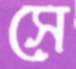
সে